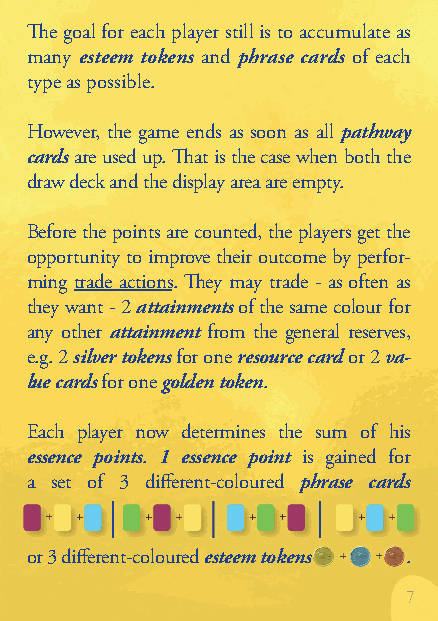
The goal for each player still is to accumulate as
 many esteem tokens and phrase cards of each
 type as possible.
 However, the game ends as soon as all pathway
 cards are used up. That is the case when both the
 draw deck and the display area are empty.
 Before the points are counted, the players get the
 opportunity to improve their outcome by perfor-
 ming trade actions. They may trade - as often as
 they want - 2 attainments of the same colour for
 any other attainment from the general reserves,
 e.g. 2 silver tokens for one resource card or 2 va-
 lue cards for one golden token.
 Each player now determines the sum of his
 essence points. 1 essence point is gained for
 a set of 3 different-coloured phrase cards
 or 3 different-coloured esteem tokens .